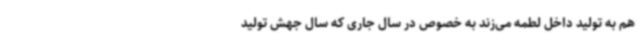
هم به تولید داخل لطمه می‌زند به خصوص در سال جاری که سال جهش تولید